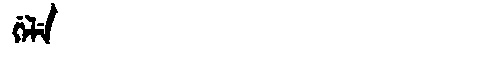
Manchu: ᡤᡝᠯᡝ
Romanization: GELE